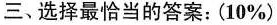
三、选择最恰当的答案:(10%)